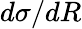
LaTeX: d\sigma/dR